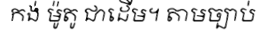
កង់ ម៉ូតូ ជាដើម។ តាមច្បាប់